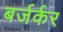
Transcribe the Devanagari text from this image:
बर्जर्कर